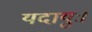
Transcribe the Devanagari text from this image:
यदायुः।